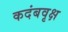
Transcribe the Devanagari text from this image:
कदंबवृक्ष